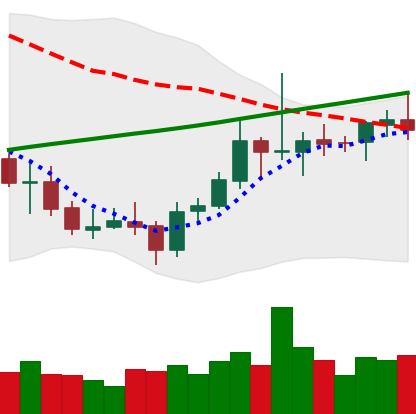
Ticker: ETC-USD
Chart end date: 2021-08-01
Forward return: 5.115%
Label: up_5_7